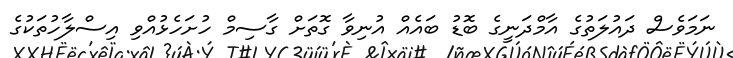
ނަމަވެސް ދައުލަތުގެ އާމްދަނީގެ ބޮޑު ބައެއް އުނިވާ ގޮތަށް ގާސިމް ހުށަހެޅުއްވި އިސްލާހުތަކުގެ